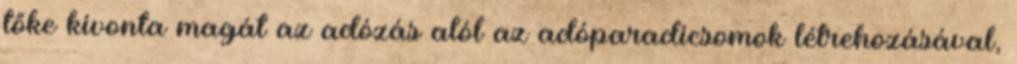
tőke kivonta magát az adózás alól az adóparadicsomok létrehozásával,